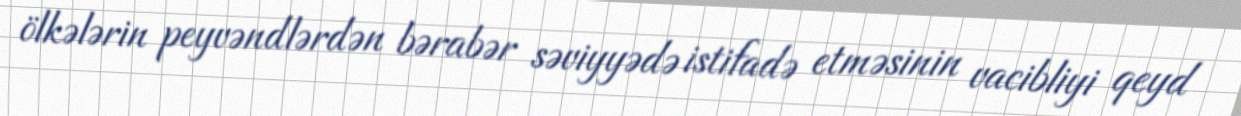
ölkələrin peyvəndlərdən bərabər səviyyədə istifadə etməsinin vacibliyi qeyd